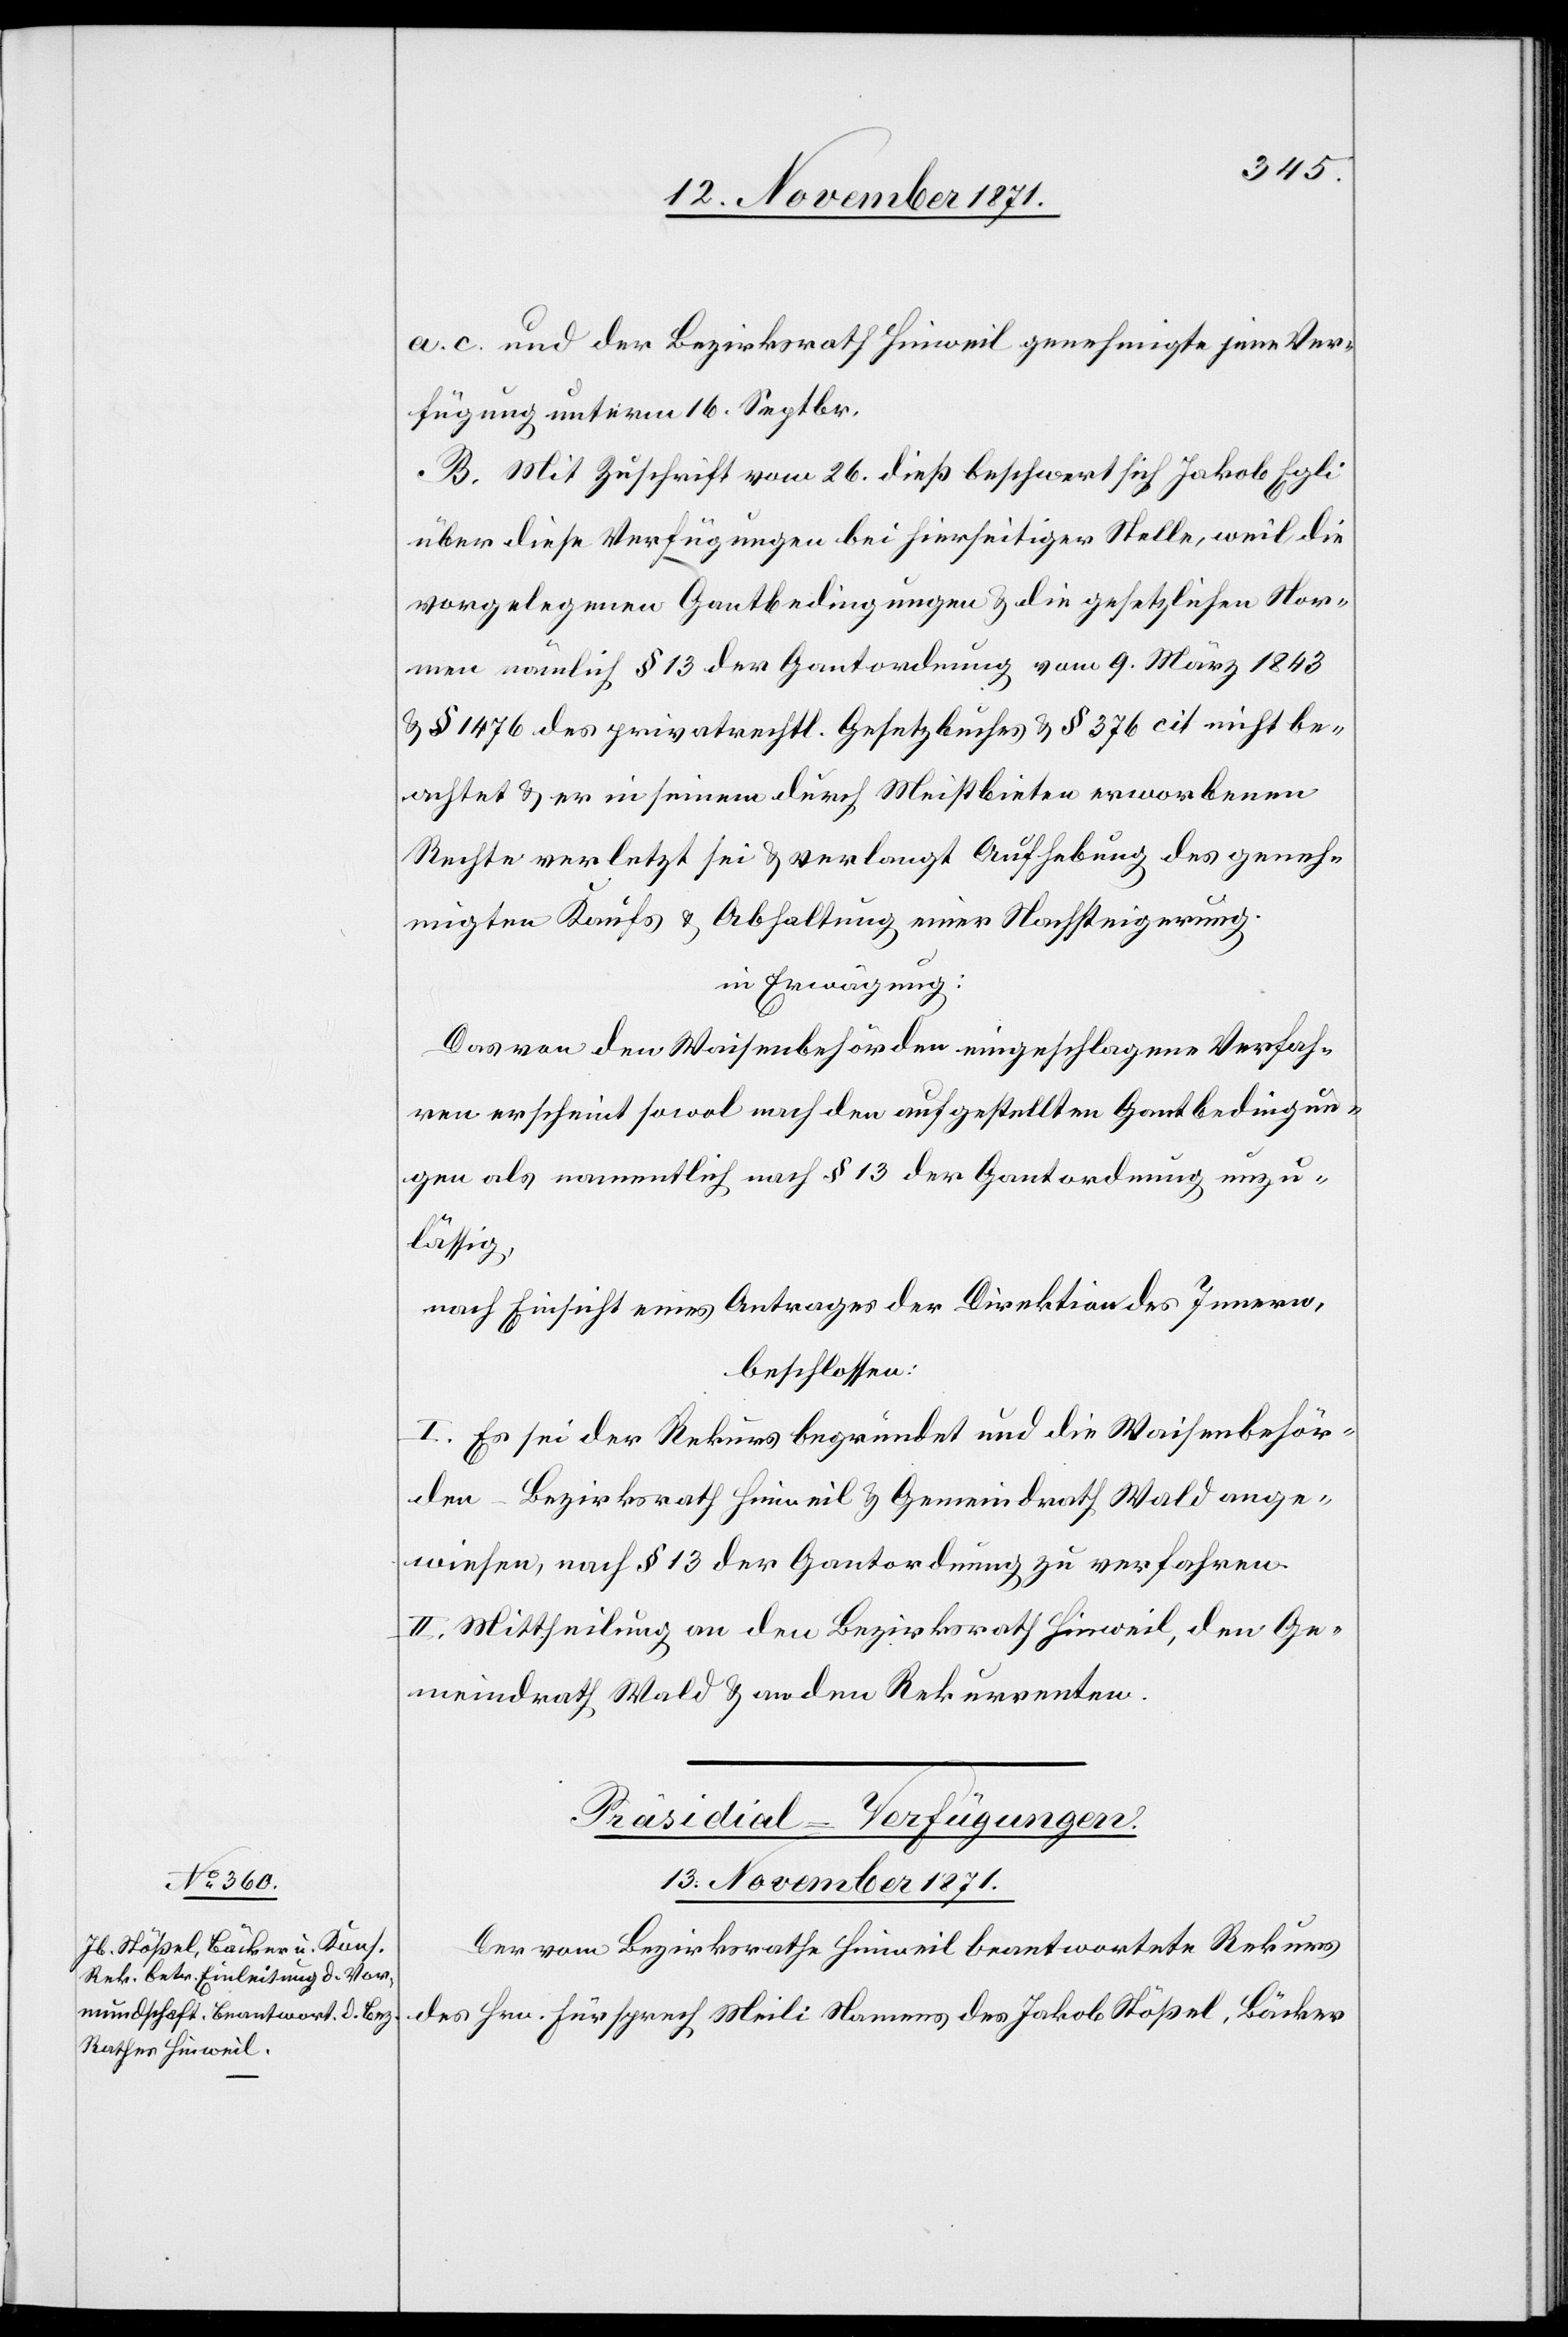
a. c. und der Bezirksrath Hinweil genehmigte jene Ver¬
fügung unterm 16. Septbr.
B. Mit Zuschrift vom 26. dieß beschwert sich Jakob Egli
über diese Verfügungen bei hierseitiger Stelle, weil die
vorgelegenen Gantbedingungen & die gesetzlichen Nor¬
men nämlich § 13 der Gantordnung vom 9. März 1843
& § 1476 des privatrechtl. Gesetzbuches & § 376 cit nicht be¬
achtet & er in seinem durch Meistbieten erworbenen
Rechte verletzt sei & verlangt Aufhebung des geneh¬
migten Kaufs & Abhaltung einer Nachsteigerung.
in Erwägung:
Das von den Waisenbehörden eingeschlagene Verfah¬
ren erscheint sowol nach den aufgestellten Gantbedingun¬
gen als namentlich nach § 13 der Gantordnung unzu¬
lässig,
nach Einsicht eines Antrages der Direktion des Innern,
beschlossen:
I. Es sei der Rekurs begründet und die Waisenbehör¬
den – Bezirksrath Hinweil & Gemeindrath Wald ange¬
wiesen, nach § 13 der Gantordnung zu verfahren.
II. Mittheilung an den Bezirksrath Hinweil, den Ge¬
meindrath Wald & an den Rekurrenten.
Präsidial-Verfügungen.
13. November 1871.
Der vom Bezirksrathe Hinweil beantwortete Rekurs
des Hrn. Fürsprech Meili Namens des Jakob Stößel, Bäcker